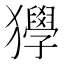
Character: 𤣌